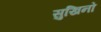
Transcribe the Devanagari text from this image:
सुखिनो